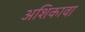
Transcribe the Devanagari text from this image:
अशिकावा